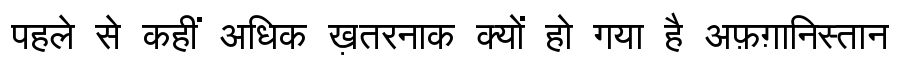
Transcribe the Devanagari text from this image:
पहले से कहीं अधिक ख़तरनाक क्यों हो गया है अफ़ग़ानिस्तान